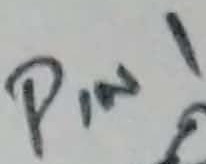
Text: PIN1